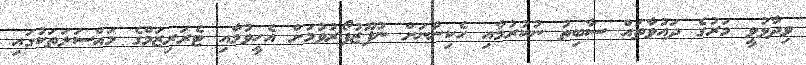
ވިދާޅުވީ މަރުގެ ދައުވާތައް ސާބިތު ނުކުރުމާއި ހެކިންނަށް ނުފޫޒުފޯރުވުމަށް އެހީވުމާއި ޓެރަރިޒަމްގެ މައްސަލަތަކުގައި